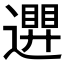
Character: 𮟒